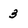
Character: 3